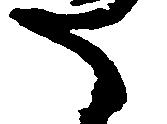
た